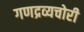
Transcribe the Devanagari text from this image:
गणद्रव्यचोरी